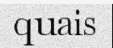
quais